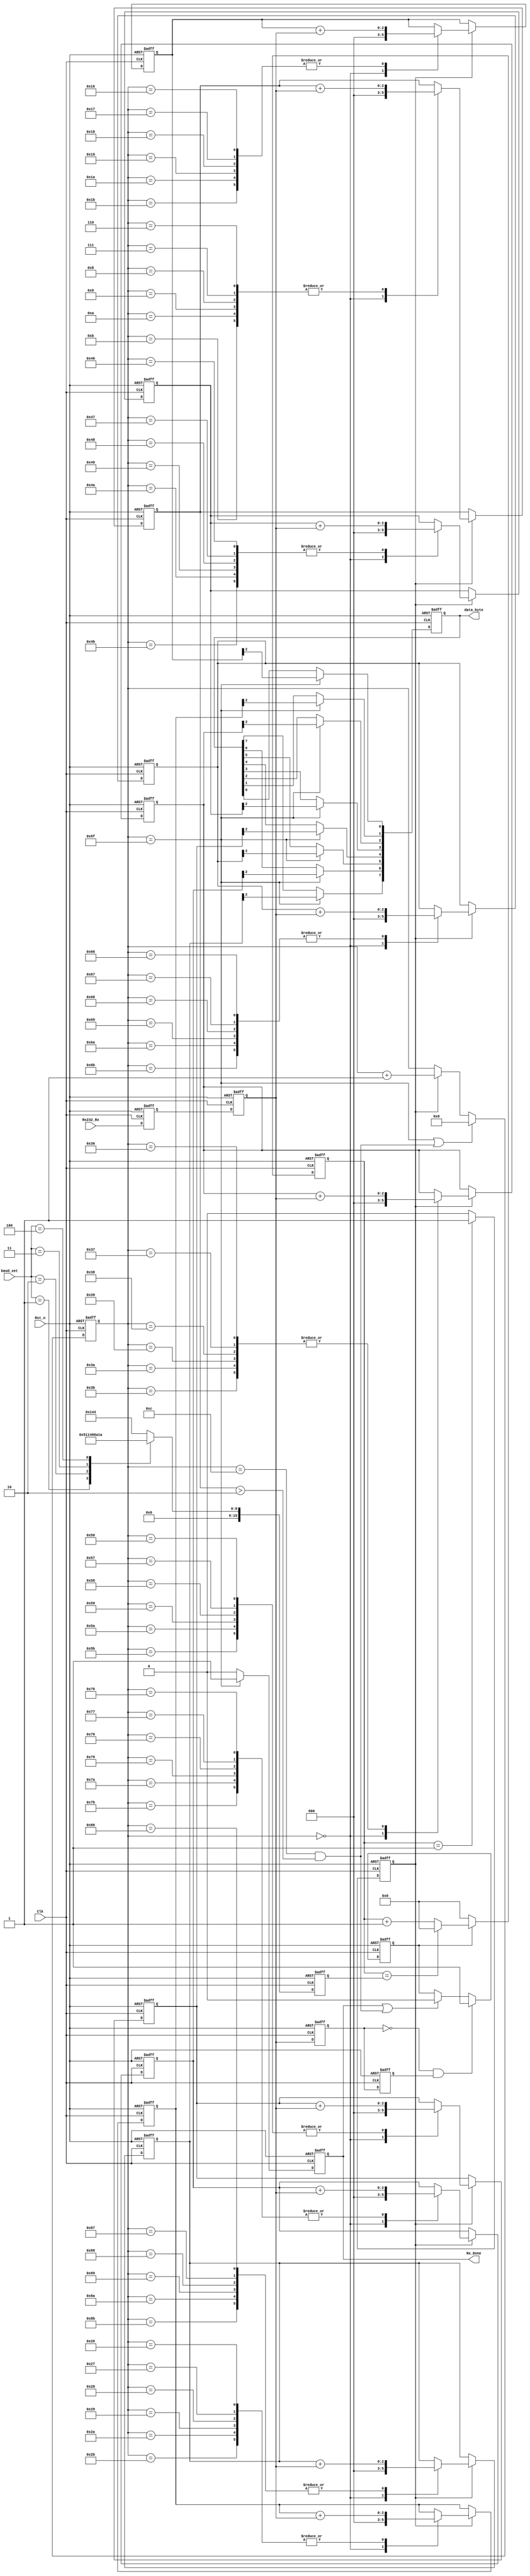
module uart_byte_rx(
	Clk,
	Rst_n,
	baud_set,
	Rs232_Rx,
	
	data_byte,
	Rx_Done
);

	input Clk;
	input Rst_n;
	input [2:0]baud_set;
	input Rs232_Rx;
	
	output reg [7:0]data_byte;
	output reg Rx_Done;
	
	reg s0_Rs232_Rx,s1_Rs232_Rx;//
	
	reg tmp0_Rs232_Rx,tmp1_Rs232_Rx;//
	
	reg [15:0]bps_DR;//
	reg [15:0]div_cnt;//
	reg bps_clk;//
	reg [7:0]bps_cnt;
	
	reg uart_state;
	
	reg [2:0] r_data_byte [7:0];
	reg [7:0] tmp_data_byte;
	reg [2:0] START_BIT,STOP_BIT;
	
	wire nedege;
	
	//
	always@(posedge Clk or negedge Rst_n)
	if(!Rst_n)begin
		s0_Rs232_Rx <= 1'b0;
		s1_Rs232_Rx <= 1'b0;	
	end
	else begin
		s0_Rs232_Rx <= Rs232_Rx;
		s1_Rs232_Rx <= s0_Rs232_Rx;	
	end
	
	//
	always@(posedge Clk or negedge Rst_n)
	if(!Rst_n)begin
		tmp0_Rs232_Rx <= 1'b0;
		tmp1_Rs232_Rx <= 1'b0;	
	end
	else begin
		tmp0_Rs232_Rx <= s1_Rs232_Rx;
		tmp1_Rs232_Rx <= tmp0_Rs232_Rx;	
	end
	
	assign nedege = !tmp0_Rs232_Rx & tmp1_Rs232_Rx;
	
	always@(posedge Clk or negedge Rst_n)
	if(!Rst_n)
		bps_DR <= 16'd324;
	else begin
		case(baud_set)
			0:bps_DR <= 16'd324;
			1:bps_DR <= 16'd162;
			2:bps_DR <= 16'd80;
			3:bps_DR <= 16'd53;
			4:bps_DR <= 16'd26;
			default:bps_DR <= 16'd324;			
		endcase
	end
	
	//counter
	always@(posedge Clk or negedge Rst_n)
	if(!Rst_n)
		div_cnt <= 16'd0;
	else if(uart_state)begin
		if(div_cnt == bps_DR)
			div_cnt <= 16'd0;
		else
			div_cnt <= div_cnt + 1'b1;
	end
	else
		div_cnt <= 16'd0;
		
	// bps_clk gen
	always@(posedge Clk or negedge Rst_n)
	if(!Rst_n)
		bps_clk <= 1'b0;
	else if(div_cnt == 16'd1)
		bps_clk <= 1'b1;
	else
		bps_clk <= 1'b0;
	
	//bps counter
	always@(posedge Clk or negedge Rst_n)
	if(!Rst_n)	
		bps_cnt <= 8'd0;
	else if(bps_cnt == 8'd159 | (bps_cnt == 8'd12 && (START_BIT > 2)))
		bps_cnt <= 8'd0;
	else if(bps_clk)
		bps_cnt <= bps_cnt + 1'b1;
	else
		bps_cnt <= bps_cnt;

	always@(posedge Clk or negedge Rst_n)
	if(!Rst_n)
		Rx_Done <= 1'b0;
	else if(bps_cnt == 8'd159)
		Rx_Done <= 1'b1;
	else
		Rx_Done <= 1'b0;
		
//	always@(posedge Clk or negedge Rst_n)
//	if(!Rst_n)
//		data_byte <= 8'd0;
//	else if(bps_cnt == 8'd159)
//		data_byte <= tmp_data_byte;
//	else
//		data_byte <= data_byte;
		
		
	always@(posedge Clk or negedge Rst_n)
	if(!Rst_n)
		data_byte <= 8'd0;
	else if(bps_cnt == 8'd159)begin
		data_byte[0] <= r_data_byte[0][2];
		data_byte[1] <= r_data_byte[1][2];
		data_byte[2] <= r_data_byte[2][2];
		data_byte[3] <= r_data_byte[3][2];
		data_byte[4] <= r_data_byte[4][2];
		data_byte[5] <= r_data_byte[5][2];
		data_byte[6] <= r_data_byte[6][2];
		data_byte[7] <= r_data_byte[7][2];
	end	
		
	always@(posedge Clk or negedge Rst_n)
	if(!Rst_n)begin
		START_BIT = 3'd0;
		r_data_byte[0] <= 3'd0;
		r_data_byte[1] <= 3'd0;
		r_data_byte[2] <= 3'd0;
		r_data_byte[3] <= 3'd0;
		r_data_byte[4] <= 3'd0;
		r_data_byte[5] <= 3'd0;
		r_data_byte[6] <= 3'd0;
		r_data_byte[7] <= 3'd0;
		STOP_BIT = 3'd0;
	end
	else if(bps_clk)begin
		case(bps_cnt)
			0:begin
					START_BIT = 3'd0;
					r_data_byte[0] <= 3'd0;
					r_data_byte[1] <= 3'd0;
					r_data_byte[2] <= 3'd0;
					r_data_byte[3] <= 3'd0;
					r_data_byte[4] <= 3'd0;
					r_data_byte[5] <= 3'd0;
					r_data_byte[6] <= 3'd0;
					r_data_byte[7] <= 3'd0;
					STOP_BIT = 3'd0;			
				end
			6,7,8,9,10,11:START_BIT <= START_BIT + s1_Rs232_Rx;
			22,23,24,25,26,27:r_data_byte[0] <= r_data_byte[0] + s1_Rs232_Rx;
			38,39,40,41,42,43:r_data_byte[1] <= r_data_byte[1] + s1_Rs232_Rx;
			54,55,56,57,58,59:r_data_byte[2] <= r_data_byte[2] + s1_Rs232_Rx;
			70,71,72,73,74,75:r_data_byte[3] <= r_data_byte[3] + s1_Rs232_Rx;
			86,87,88,89,90,91:r_data_byte[4] <= r_data_byte[4] + s1_Rs232_Rx;
			102,103,104,105,106,107:r_data_byte[5] <= r_data_byte[5] + s1_Rs232_Rx;
			118,119,120,121,122,123:r_data_byte[6] <= r_data_byte[6] + s1_Rs232_Rx;
			134,135,136,137,138,139:r_data_byte[7] <= r_data_byte[7] + s1_Rs232_Rx;
			150,151,152,153,154,155:STOP_BIT <= STOP_BIT + s1_Rs232_Rx;
			default:
				begin
					START_BIT = START_BIT;
					r_data_byte[0] <= r_data_byte[0];
					r_data_byte[1] <= r_data_byte[1];
					r_data_byte[2] <= r_data_byte[2];
					r_data_byte[3] <= r_data_byte[3];
					r_data_byte[4] <= r_data_byte[4];
					r_data_byte[5] <= r_data_byte[5];
					r_data_byte[6] <= r_data_byte[6];
					r_data_byte[7] <= r_data_byte[7];
					STOP_BIT = STOP_BIT;						
				end
		endcase
	end
	
	always@(posedge Clk or negedge Rst_n)
	if(!Rst_n)
		uart_state <= 1'b0;
	else if(nedege)
		uart_state <= 1'b1;
	else if(Rx_Done || (bps_cnt == 8'd12 && (START_BIT > 2)))
		uart_state <= 1'b0;
	else
		uart_state <= uart_state;		

endmodule